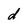
Character: d